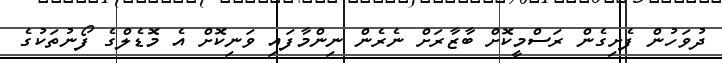
ދުވަހުން ފެށިގެން ރަސްމީކޮށް ބާޒާރަށް ނެރެން ނިންމާފައި ވަނިކޮށް އެ މޮޑެލްގެ ފޯނުތަކުގެ